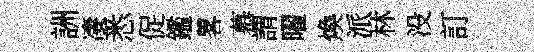
詶凄悉促鑑畧慕謂曜煥派林没訂